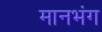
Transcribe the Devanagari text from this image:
मानभंग